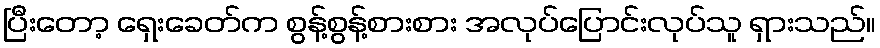
ပြီးတော့ ရှေးခေတ်က စွန့်စွန့်စားစား အလုပ်ပြောင်းလုပ်သူ ရှားသည်။